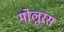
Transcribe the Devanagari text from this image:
मोलुरस